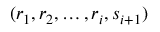
( r _ { 1 } , r _ { 2 } , \dots , r _ { i } , s _ { i + 1 } )